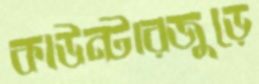
কাউন্টারজুড়ে